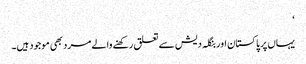
‘
یہاں پر پاکستان اور بنگلہ دیش سے تعلق رکھنے والے مرد بھی موجود ہیں۔